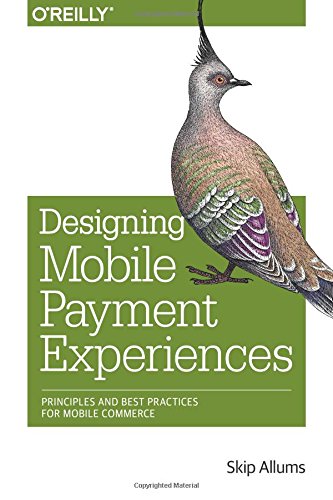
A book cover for Designing Mobile Payment Experiences: Principles and Best Practices for Mobile Commerce; Skip Allums; Computers & Technology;